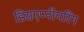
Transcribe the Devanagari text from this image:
डिसएप्पीयरिंग